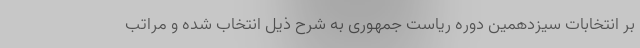
بر انتخابات سیزدهمین دوره ریاست جمهوری به شرح ذیل انتخاب شده و مراتب